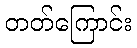
တတ်ကြောင်း